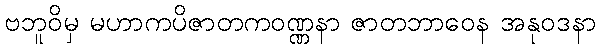
ဗဘူဝိမှ မဟာကပိဇာတကဝဏ္ဏနာ ဇာတဘာဝေန အနုဝဒနာ